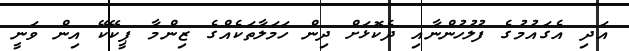
އަދި އެގައުމުގެ ފުލުހުންނާއި ދެކޮޅަށް ދިން ހަމަލާތަކެއްގެ ޒިންމާ ޕީކޭކޭ އިން ވަނީ